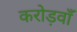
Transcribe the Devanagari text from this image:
करोड़वाँ